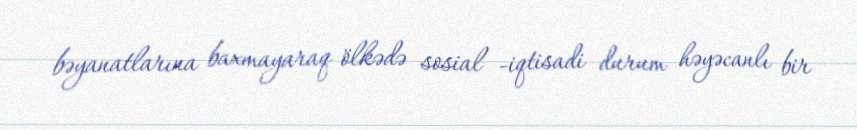
bəyanatlarına baxmayaraq ölkədə sosial -iqtisadi durum həyəcanlı bir